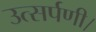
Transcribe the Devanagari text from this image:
उत्सर्पणी।